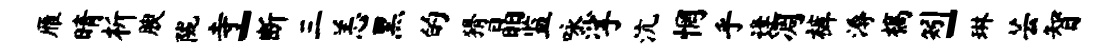
雁晴析腴陇寺-断三恙黑的猾晶监咏挲沆惘乎逢凋裤溽槁矧-琳芸智